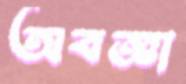
অবজ্ঞা